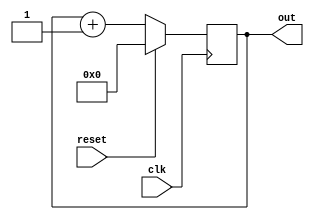
module Counter(
  input clk, reset, 
  output [10:0] out
);
  reg [10:0]out;
  
  	always @ (posedge clk)
      if(reset) begin
      	out <= 0;
      end else begin
          out <= out + 1;
      end
  
initial begin
    out <= 1'b0;
end
endmodule